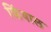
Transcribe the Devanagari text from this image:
किंवाल